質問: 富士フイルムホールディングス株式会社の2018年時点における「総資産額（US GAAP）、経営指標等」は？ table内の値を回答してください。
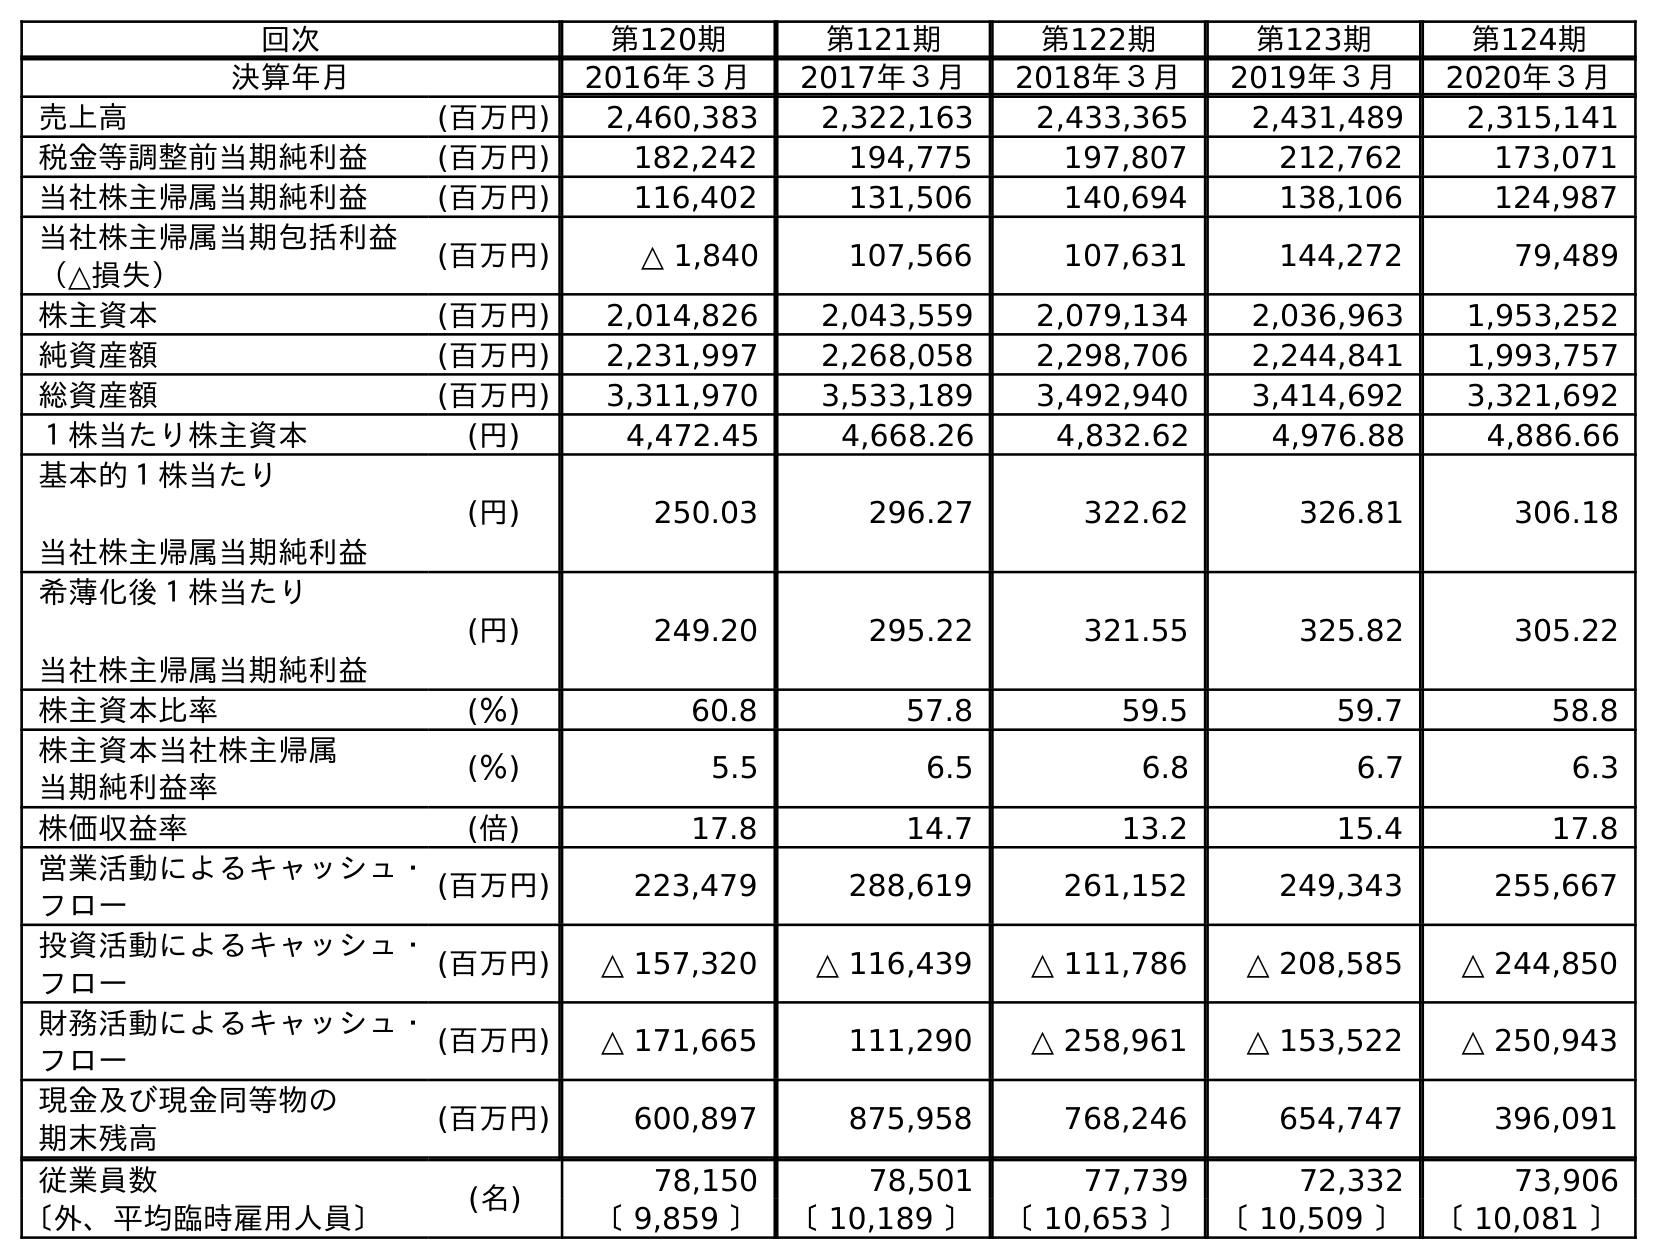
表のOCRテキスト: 回次 第120期 第121期 第122期 第123期 第124期 決算年月 2016年３月 2017年３月 2018年３月 2019年３月 2020年３月 売上高 (百万円) 2,460,383 2,322,163 2,433,365 2,431,489 2,315,141 税金等調整前当期純利益 (百万円) 182,242 194,775 197,807 212,762 173,071 当社株主帰属当期純利益 (百万円) 116,402 131,506 140,694 138,106 124,987 当社株主帰属当期包括利益 （△損失） (百万円) △ 1,840 107,566 107,631 144,272 79,489 株主資本 (百万円) 2,014,826 2,043,559 2,079,134 2,036,963 1,953,252 純資産額 (百万円) 2,231,997 2,268,058 2,298,706 2,244,841 1,993,757 総資産額 (百万円) 3,311,970 3,533,189 3,492,940 3,414,692 3,321,692 １株当たり株主資本 (円) 4,472.45 4,668.26 4,832.62 4,976.88 4,886.66 基本的１株当たり 当社株主帰属当期純利益 (円) 250.03 296.27 322.62 326.81 306.18 希薄化後１株当たり 当社株主帰属当期純利益 (円) 249.20 295.22 321.55 325.82 305.22 株主資本比率 (％) 60.8 57.8 59.5 59.7 58.8 株主資本当社株主帰属 当期純利益率 (％) 5.5 6.5 6.8 6.7 6.3 株価収益率 (倍) 17.8 14.7 13.2 15.4 17.8 営業活動によるキャッシュ・ フロー (百万円) 223,479 288,619 261,152 249,343 255,667 投資活動によるキャッシュ・ フロー (百万円) △ 157,320 △ 116,439 △ 111,786 △ 208,585 △ 244,850 財務活動によるキャッシュ・ フロー (百万円) △ 171,665 111,290 △ 258,961 △ 153,522 △ 250,943 現金及び現金同等物の 期末残高 (百万円) 600,897 875,958 768,246 654,747 396,091 従業員数 (名) 78,150 78,501 77,739 72,332 73,906 〔外、平均臨時雇用人員〕 〔 9,859 〕 〔 10,189 〕 〔 10,653 〕 〔 10,509 〕 〔 10,081 〕
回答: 3,492,940